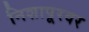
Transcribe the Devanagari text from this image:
निशापूरवर